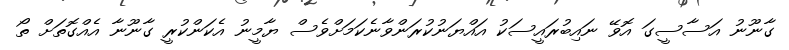
ގާނޫނު އަސާސީގަ އޮވޭ ނައިބުރައީސަކު އައްޔަނުކުރަންވާނެކަމަށްވެސް ޔާމީނު އެކަންކުރީ ގާނޫނާ އެއްގޮތަށް ތޯ